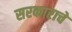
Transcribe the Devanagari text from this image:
सरकाराचे